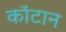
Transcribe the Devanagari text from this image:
कॉटान